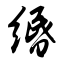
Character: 缗